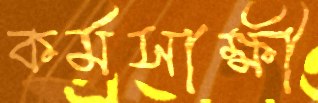
কর্মসাক্ষী